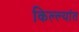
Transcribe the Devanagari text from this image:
किल्ल्यांत